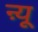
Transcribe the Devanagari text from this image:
ऩ्यू